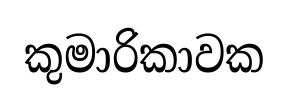
කුමාරිකාවක